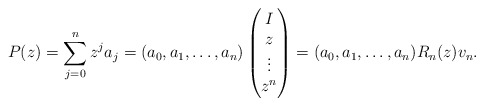
\begin{align*} P(z) = \sum_{j=0}^n z^j a_j = (a_0, a_1, \dots, a_n) \begin{pmatrix} I \\ z \\ \vdots \\ z^n \end{pmatrix} = (a_0, a_1, \dots, a_n) R_n(z)v_n.\end{align*}